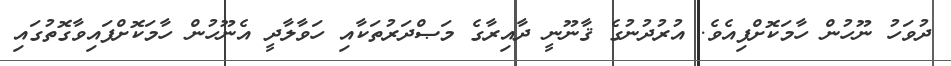
ދުވަހު ނޫހުން ހާމަކޮށްފިއެވެ. އުރުދުނުގެ ޤާނޫނީ ދާއިރާގެ މަޞްދަރުތަކާއި ހަވާލާދީ އެނޫހުން ހާމަކޮށްފައިވާގޮތުގައި